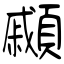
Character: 顣